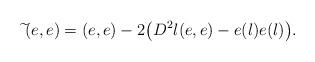
LaTeX: \begin{align*}\widetilde{}(e,e)=(e,e)-2\big(D^2\l(e,e)-e(\l)e(\l)\big). \end{align*}